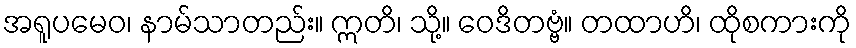
အရူပမေဝ၊ နာမ်သာတည်း။ ဣတိ၊ သို့။ ဝေဒိတဗ္ဗံ။ တထာဟိ၊ ထိုစကားကို